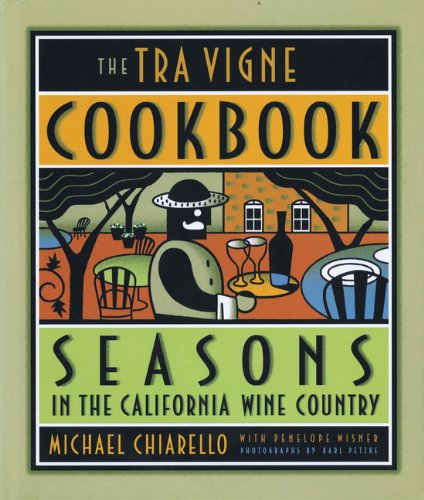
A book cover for The Tra Vigne Cookbook; Michael Chiarello; Cookbooks, Food & Wine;